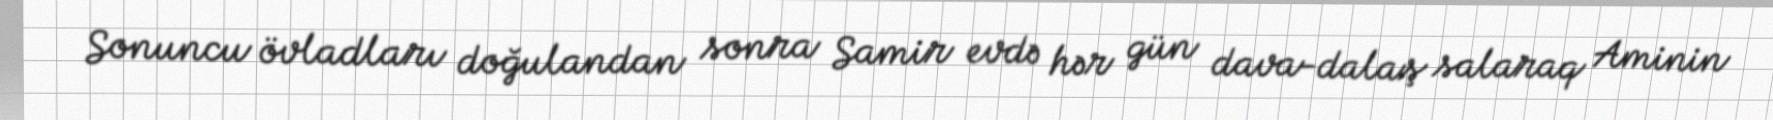
Sonuncu övladları doğulandan sonra Samir evdə hər gün dava-dalaş salaraq Aminin